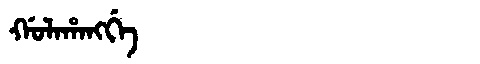
Manchu: ᡤᠣᠯᠠᡥᠠᠩᡤᡝ
Romanization: GOLAHANGGE